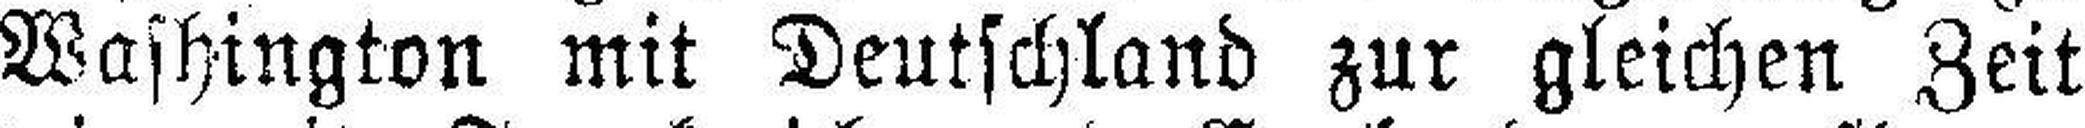
Washington mit Deutschland zur gleichen Zeit